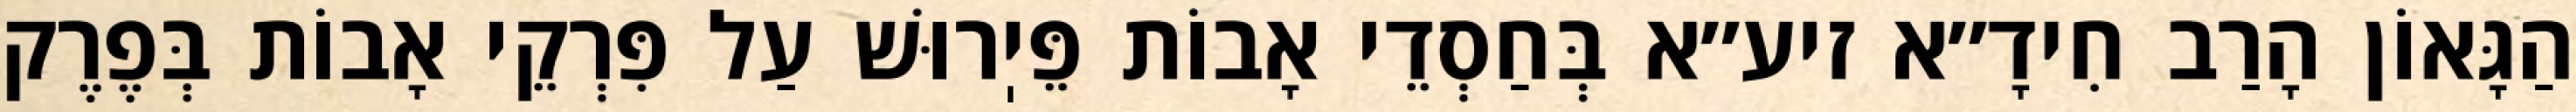
הַגָּאוֹן הָרַב חִידָ״א זיע״א בְּחַסְדֵי אָבוֹת פֵּיֽרוּשׁ עַל פִּרְקֵי אָבוֹת בְּפֶרֶק